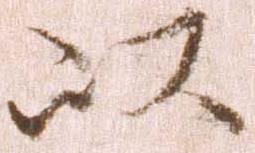
以